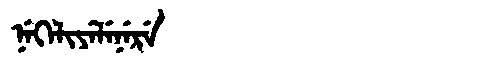
Manchu: ᠨᡝᡴᡝᠯᡳᠶᡝᠯᡝᠨᡝᡵᡝ
Romanization: NEKELIYELENERE